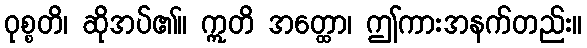
ဝုစ္စတိ၊ ဆိုအပ်၏။ ဣတိ အတ္ထော၊ ဤကားအနက်တည်း။